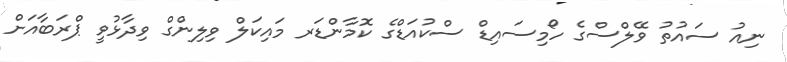
ނިއު ސައުތު ވޭލްސްގެ ހޯމިސައިޑް ސްކުއަޑްގެ ކޮމާންޑަރ މައިކަލް ވިލިންގް ވިދާޅުވީ ޕްރަބާއަށް